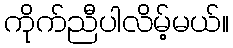
ကိုက်ညီပါလိမ့်မယ်။